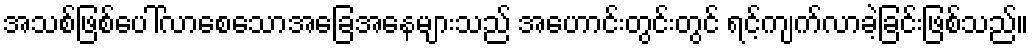
အသစ်ဖြစ်ပေါ်လာစေသောအခြေအနေများသည် အဟောင်းတွင်းတွင် ရင့်ကျက်လာခဲ့ခြင်းဖြစ်သည်။